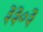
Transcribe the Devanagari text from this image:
३३०३